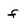
Character: f